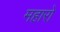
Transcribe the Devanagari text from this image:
महारो